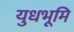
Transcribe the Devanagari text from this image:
युधभूमि